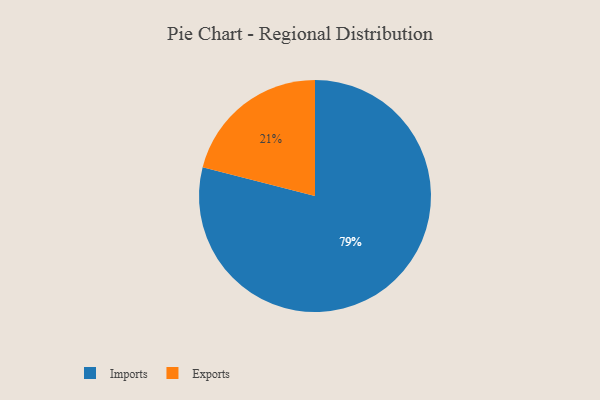
{"axis": {"x": "Category", "y": "Percentage"}, "legend": ["Exports", "Imports"], "data": [{"x": "Exports", "y": 21, "type": "Exports"}, {"x": "Imports", "y": 79, "type": "Imports"}]}